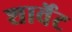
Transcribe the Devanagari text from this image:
शार्वेट